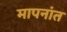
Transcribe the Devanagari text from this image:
मापनांत